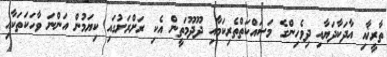
ތާރީޚާއި އާދަކާދަޔާއި ދިވެހިންގެ މަސައްކަތްތެރިކަމާއި ދޫދޫމަތީން އެކި ރަށްރަށުގައި ކިޔަމުން އަންނަ ވާހަކަތަކާއި